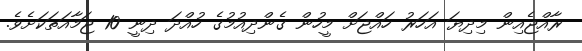
ރާއްޖެއިން މިދިޔަ އަހަރު ހައްޖަށް މީހުން ގެންދިއުމުގެ ހުއްދަ ދިނީ 10 ޖަމާއަތަކަށެވެ.